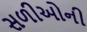
સળીઓની